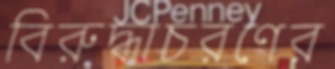
বিরুদ্ধাচরণের